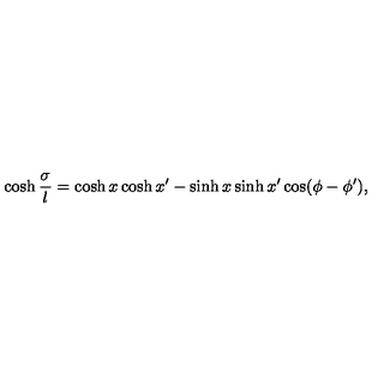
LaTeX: \cosh { \frac { \sigma } { l } } = \cosh x \cosh x ^ { \prime } - \sinh x \sinh x ^ { \prime } \cos ( \phi - \phi ^ { \prime } ) ,